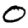
Digit: 0